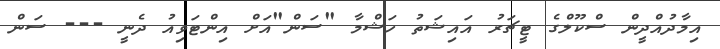
އިމާދުއްދީން ސްކޫލްގެ ޓީޗަރު އައިޝަތު ހަޝްމާ "ސަން"އަށް އިންޓަވިއު ދެނީ --- ސަން